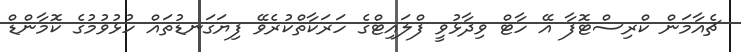
ޗެއާމަން ކްރިސްޓޮފާ އޭ ހާޓް ވިދާޅުވީ ފްލައިޓްގެ ހަރަކާތްކުރެވޭ ފިޔަގަނޑުތައް ހުޅުވުމުގެ ކޮމާންޑް